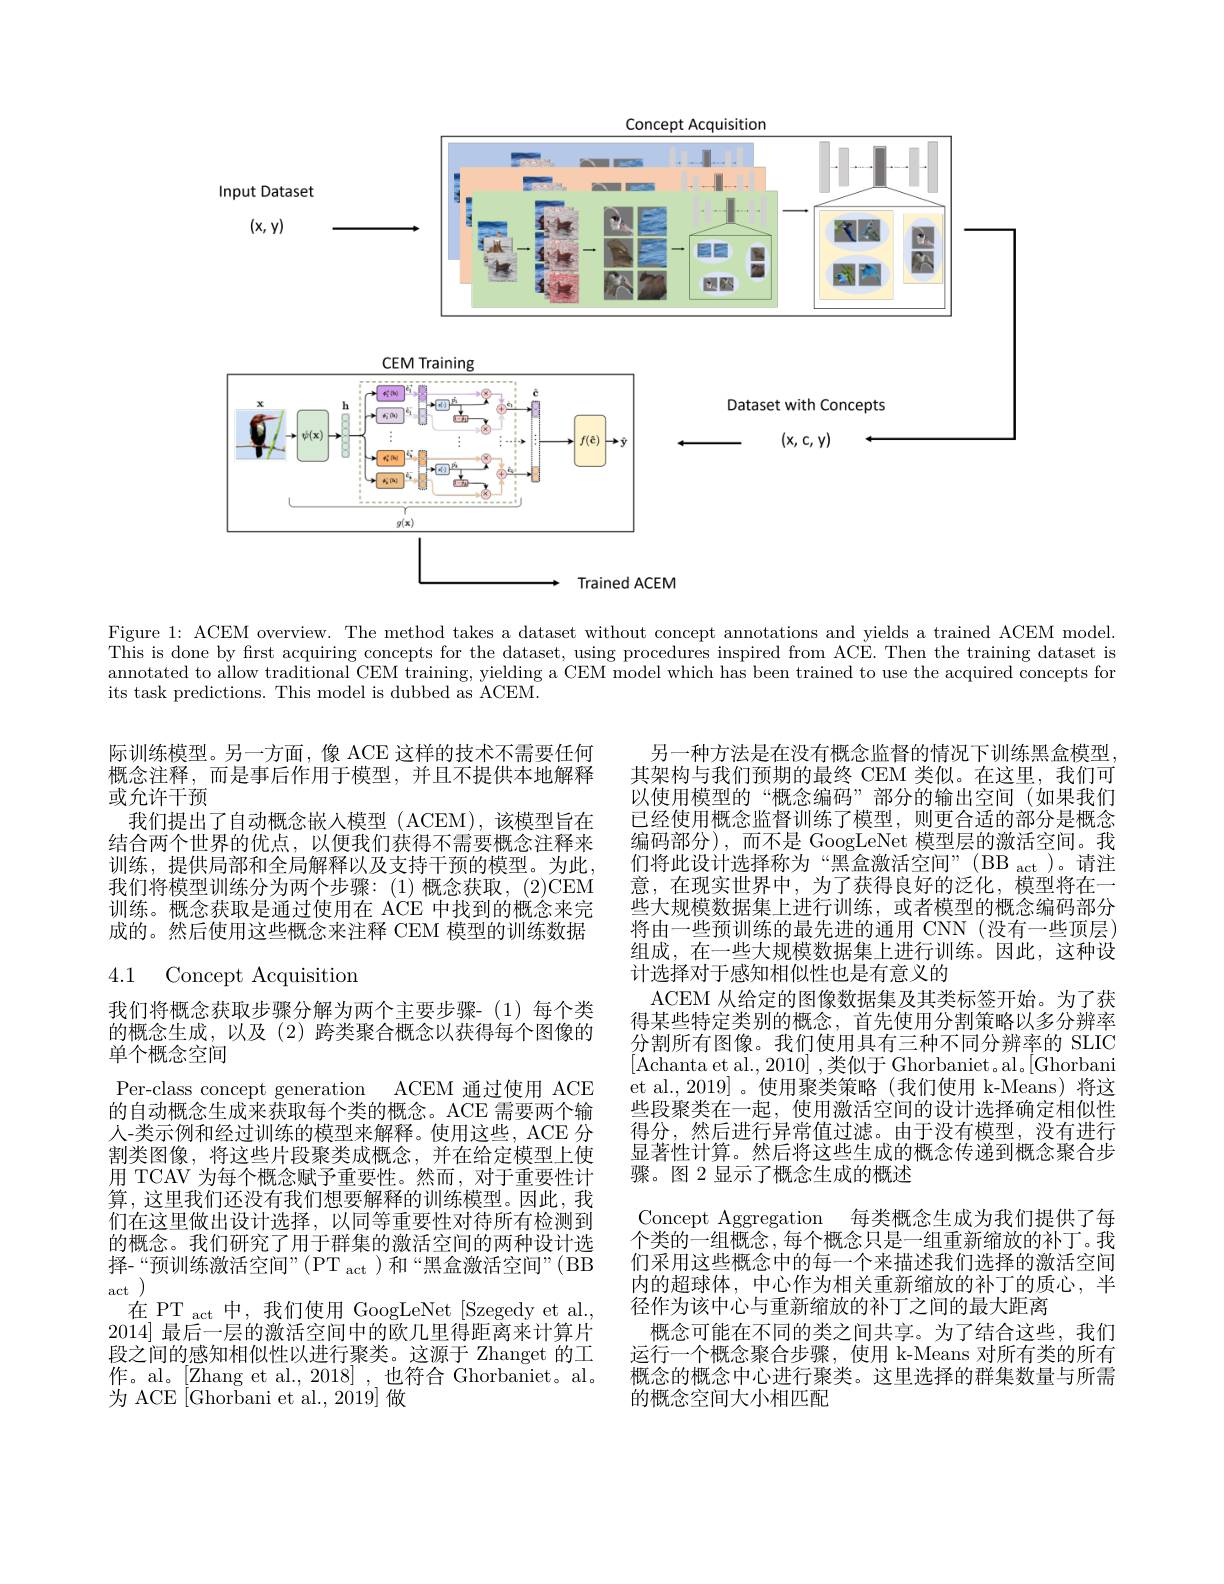
<FigureHere>
Trained ACEM

Figure 1: ACEM overview. The method takes a dataset without concept annotations and yields a trained ACEM model. This is done by frst acquiring concepts for the dataset, using procedures inspired from ACE. Then the training dataset is annotated to allow traditional CEM training, yielding a CEM model which has been trained to use the acquired concepts for its task predictions. This model is dubbed as ACEM.

际训练模型。另一方面，像 ACE 这样的技术不需要任何概念注释，而是事后作用于模型，并且不提供本地解释或允许干预
我们提出了自动概念嵌入模型 (ACEM),该模型旨在结合两个世界的优点，以便我们获得不需要概念注释来训练，提供局部和全局解释以及支持干预的模型。为此， 我们将模型训练分为两个步骤：(1)概念获取，(2)CEM 训练。概念获取是通过使用在 ACE 中找到的概念来完成的。然后使用这些概念来注释 CEM 模型的训练数据

# 4.1 Concept Acquisition

另一种方法是在没有概念监督的情况下训练黑盒模型其架构与我们预期的最终 CEM 类似。在这里，我们可以使用模型的“概念编码”部分的输出空间(如果我们已经使用概念监督训练了模型，则更合适的部分是概念编码部分),而不是 GoogLeNet 模型层的激活空间。我们将此设计选择称为“黑盒激活空间”(BB act)。请注意，在现实世界中，为了获得良好的泛化，模型将在一些大规模数据集上进行训练，或者模型的概念编码部分将由一些预训练的最先进的通用 CNN (没有一些顶层) 组成，在一些大规模数据集上进行训练。因此，这种设计选择对于感知相似性也是有意义的
ACEM 从给定的图像数据集及其类标签开始。为了获得某些特定类别的概念，首先使用分割策略以多分辨率分割所有图像。我们使用具有三种不同分辨率的 SLIC [Achanta et al., 2010] ,类似于 Ghorbaniet。al,[Ghorbani et al., 2019]。使用聚类策略(我们使用 k-Means)将这些段聚类在一起，使用激活空间的设计选择确定相似性得分，然后进行异常值过滤。由于没有模型，没有进行显著性计算。然后将这些生成的概念传递到概念聚合步骤。图 2 显示了概念生成的概述
Concept Aggregation 每类概念生成为我们提供了每个类的一组概念，每个概念只是一组重新缩放的补丁。我们采用这些概念中的每一个来描述我们选择的激活空间内的超球体，中心作为相关重新缩放的补丁的质心，半径作为该中心与重新缩放的补丁之间的最大距离
概念可能在不同的类之间共享。为了结合这些，我们运行一个概念聚合步骤，使用 k-Means 对所有类的所有概念的概念中心进行聚类。这里选择的群集数量与所需的概念空间大小相匹配

我们将概念获取步骤分解为两个主要步骤-(1)每个类的概念生成，以及(2)跨类聚合概念以获得每个图像的单个概念空间
Per-class concept generation ACEM 通过使用 ACE 的自动概念生成来获取每个类的概念。ACE 需要两个输人-类示例和经过训练的模型来解释。使用这些，ACE 分割类图像，将这些片段聚类成概念，并在给定模型上使用 TCAV 为每个概念赋予重要性。然而，对于重要性计算，这里我们还没有我们想要解释的训练模型。因此，我们在这里做出设计选择，以同等重要性对待所有检测到的概念。我们研究了用于群集的激活空间的两种设计选择-“预训练激活空间”(PT_{act$) 和 “ 黑 盒 激 活 空 间 ” ( BB$ $\begin{array}{c}{\mathrm{act}}\\{\mathrm{act}}\end{array}$
在 PT act 中，我们使用 GoogLeNet [Szegedy et al., 2014] 最后一层的激活空间中的欧几里得距离来计算片段之间的感知相似性以进行聚类。这源于 Zhanget 的工作。al。[Zhang et al., 2018] , 也符合 Ghorbaniet。al. 为 ACE [Ghorbani et al., 2019] 做